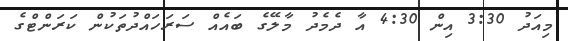
މިއަދު 3:30 އިން 4:30 އާ ދެމެދު މާލޭގެ ބައެއް ސަރަހައްދުތަކުން ކަރަންޓްގެ